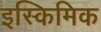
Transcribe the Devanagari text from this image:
इस्किमिक